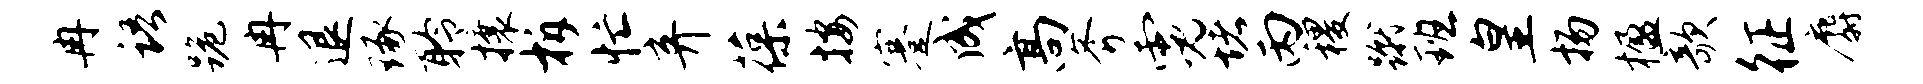
冉语跪冉退琢聆攘柝忙弃葆按蹇成高斧霓堵丙稷蹴班皇扬楹欹征麝